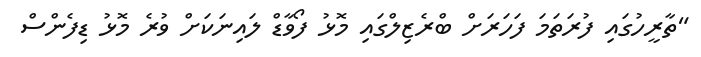
"ތާރީހުގައި ފުރަތަމަ ފަހަރަށް ބްރެޒިލްގައި މޮޅު ފޯވާޑް ލައިނަކަށް ވުރެ މޮޅު ޑިފެންސް